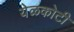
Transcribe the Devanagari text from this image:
येळकोटी